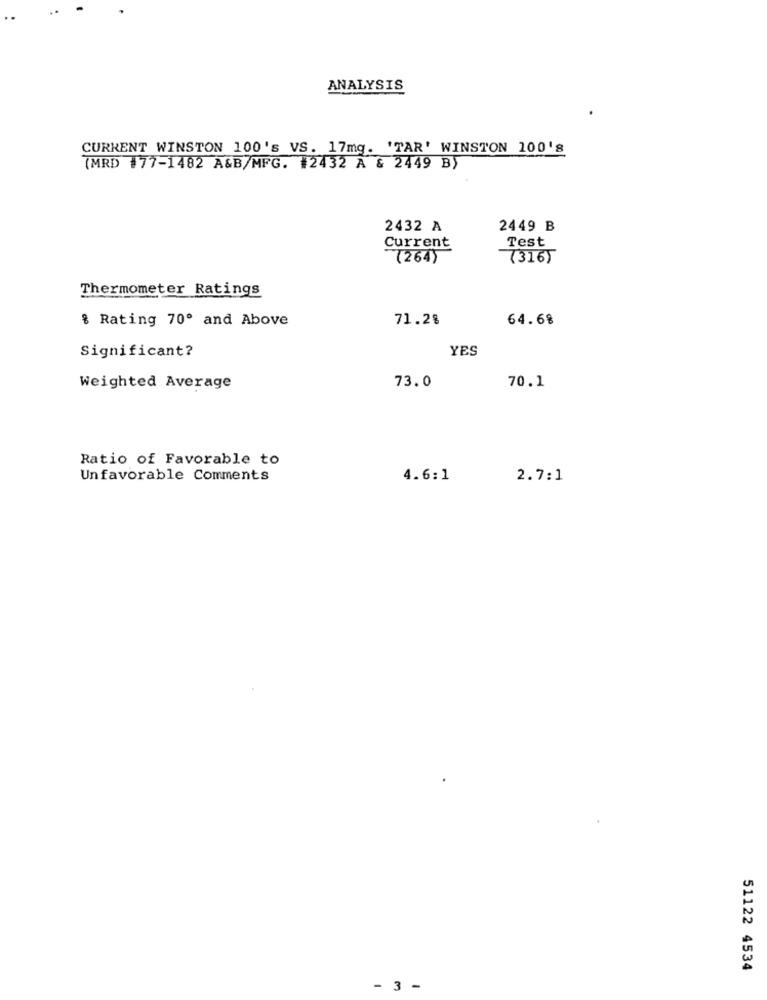
ANALYSIS
CURRENT WINSTON 100's VS. 17mg. 'TAR' WINSTON 100's
(MRD #77-1482 A&B/MFG. #2432 A & 2449 B)
2432 A
2449 B
Current
Test
(264)
(316)
Thermometer Ratings
8 Rating 70º and Above
71.28
64.68
Significant?
YES
73.0
Weighted Average
70.1
Ratio of Favorable to
Unfavorable Comments
4.6:1
2.7:1
51122 4534
- 3 .